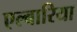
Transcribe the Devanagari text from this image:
एल्बारिया